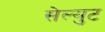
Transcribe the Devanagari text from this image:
सेल्युट